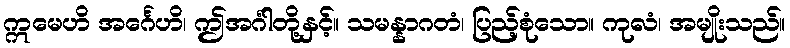
ဣမေဟိ အင်္ဂေဟိ၊ ဤအင်္ဂါတို့နှင့်။ သမန္နာဂတံ၊ ပြည့်စုံသော။ ကုလံ၊ အမျိုးသည်။